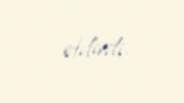
etdirdi.